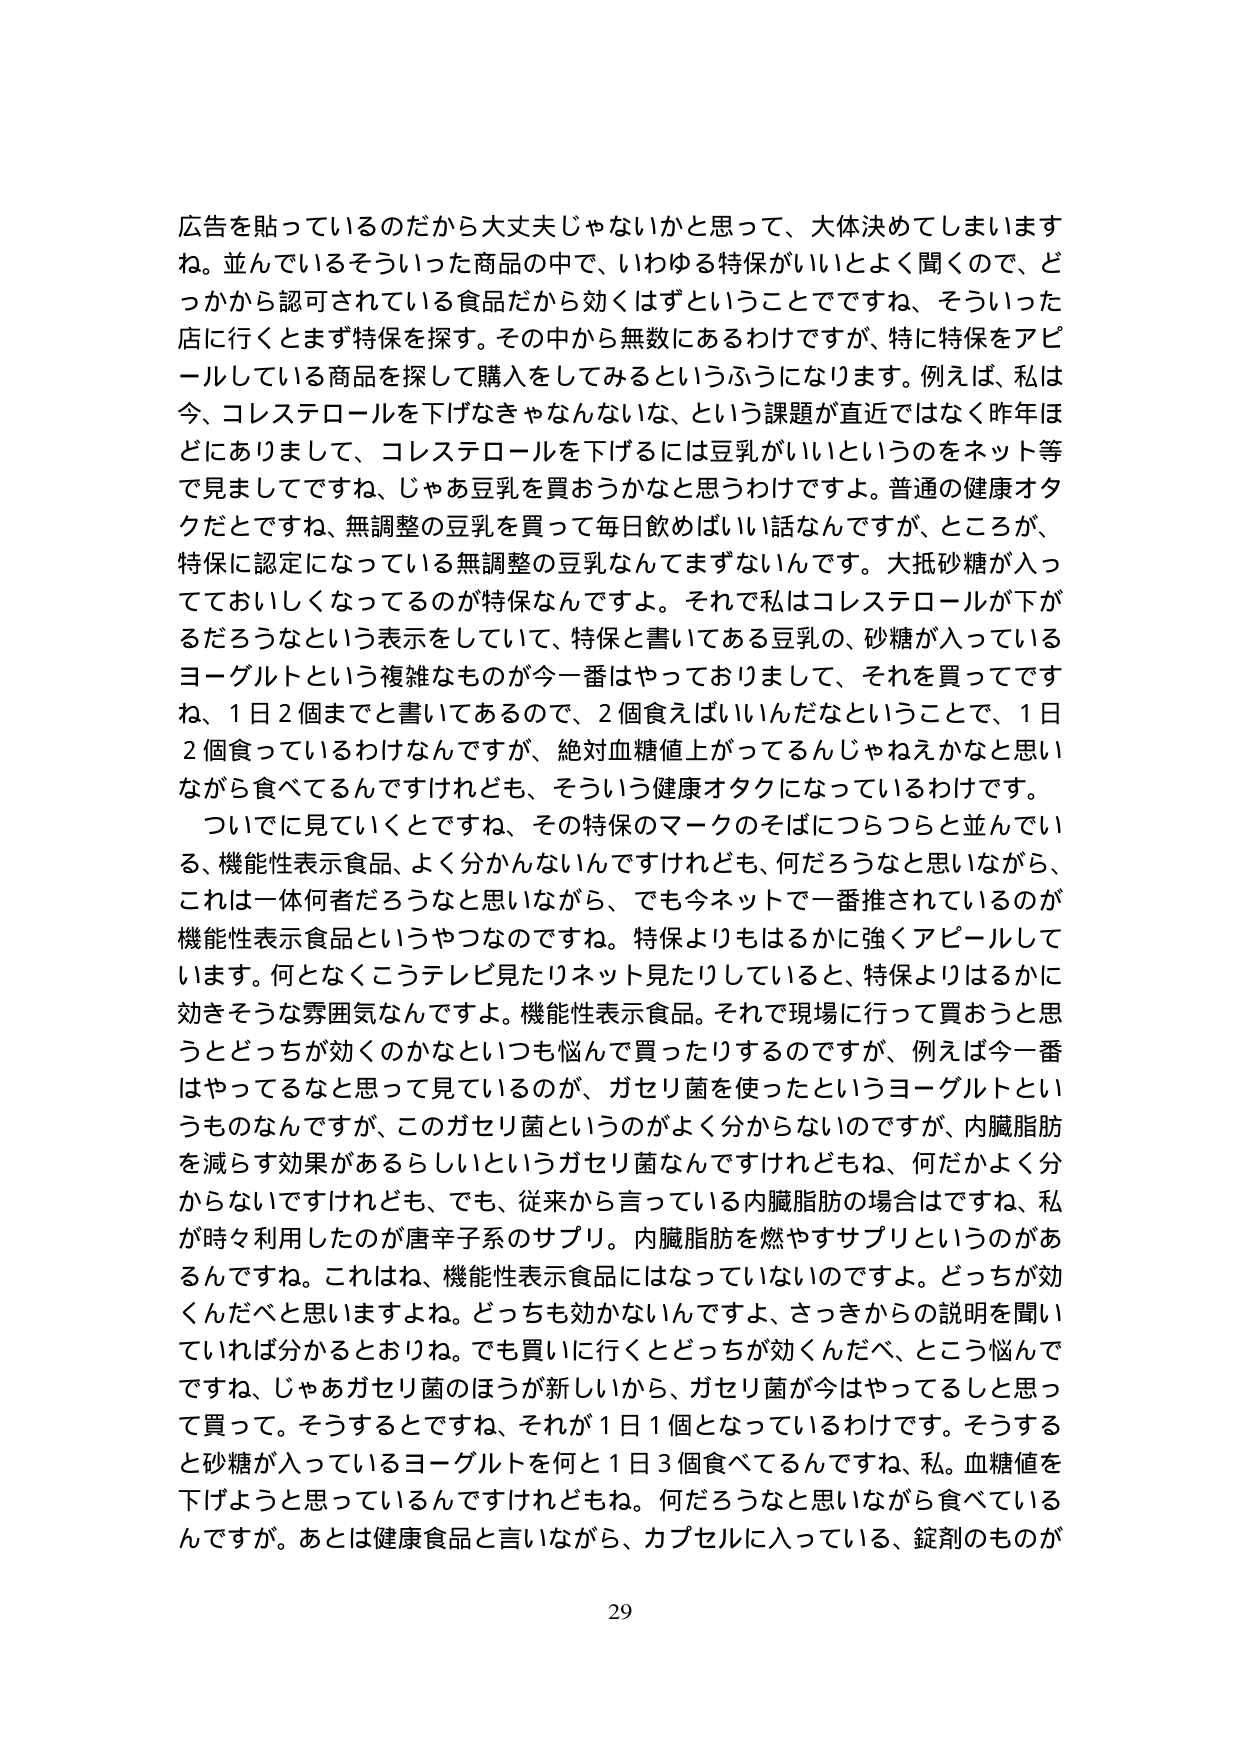
広告を貼っているのだから大丈夫じゃないかと思って、大体決めてしまいますね。並んでいるそういった商品の中で、いわゆる特保がいいとよく聞くので、どこかから認可されている食品だから効くはずということでですね、そういった店に行くとまず特保を探す。その中から無数にあるわけですが、特に特保をアピールしている商品を探して購入をしてみるというふうになります。例えば、私は今、コレステロールを下げたきゃなんないな、という課題が直近ではなく昨年ほどにありまして、コレステロールを下げるには豆乳がいいというのをネット等で見ましてですね、じゃあ豆乳を買おうかなと思うわけですよ。普通の健康オタクだとですね、無調整の豆乳を買って毎日飲めばいい話なんですが、ところが、特保に認定になっている無調整の豆乳なんてまずないんです。大抵砂糖が入ってておいしくなってるのが特保なんですよ。それで私はコレステロールが下がるだろうなという表示をしていて、特保と書いてある豆乳の、砂糖が入っているヨーグルトという複雑なものが今一番はやっておりまして、それを買ってですね、1日2個までと書いてあるので、2個食えばいいんだなということで、1日2個食べているわけなんですが、絶対血糖値上がってんじゃねえかなと思いながら食べてるんですけども、そういう健康オタクになっているわけです。

ついでに見ていくとですね、その特保のマークのそばにつらつらと並んでいる、機能性表示食品、よく分かんないんですけども、何だろうなと思いながら、これは一体何者だろうなと思いながら、でも今ネットで一番推されているのが機能性表示食品というやつなのですね。特保よりもはるかに強くアピールしています。何となくこうテレビ見たりネット見たりしていると、特保よりはるかに効きそうな雰囲気なんですよ。機能性表示食品。それで現場に行って買おうと思うとどっちが効くのかなといつも悩んで買ったりするのですが、例えば今一番はやってるなと思って見ているのが、ガセリ菌を使ったというヨーグルトというものなんですが、このガセリ菌というのがよく分からないのですが、内臓脂肪を減らす効果があるらしいというガセリ菌なんですけれどもね、何だかよく分からないですけれども、でも、従来から言っている内臓脂肪の場合はですね、私が時々利用したのが唐辛子系のサプリ。内臓脂肪を燃やすサプリというのがあるんですね。これはね、機能性表示食品にはなっていないのですよ。どっちが効くんだべと思いますよね。どっちも効かないんですよ、さっきからの説明を聞いていれば分かるとおりね。でも買いに行くとどっちが効くんだべ、こう悩んでですね、じゃあガセリ菌のほうが新しいから、ガセリ菌が今はやってるしと思って買って。そうするとですね、それが1日1個となっているわけです。そうすると砂糖が入っているヨーグルトを何と1日3個食べてるんですね、私。血糖値を下げようと思っているんですけどもね。何だろうなと思いながら食べているんですが。あとは健康食品と言いながら、カプセルに入っている、錠剤のものが

29